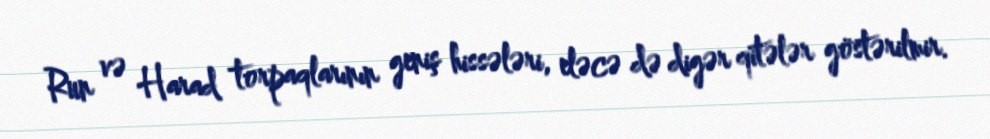
Run və Harad torpaqlarının geniş hissələri, eləcə də digər qitələr göstərilmir.